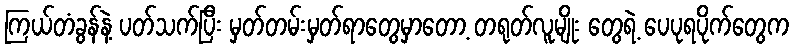
ကြယ်တံခွန်နဲ့ ပတ်သက်ပြီး မှတ်တမ်းမှတ်ရာတွေမှာတော့ တရုတ်လူမျိုး တွေရဲ့ ပေပုရပိုက်တွေက